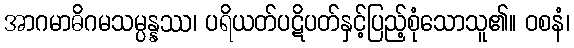
အာဂမာဓိဂမသမ္ပန္နဿ၊ ပရိယတ်ပဋိပတ်နှင့်ပြည့်စုံသောသူ၏။ ဝစနံ၊